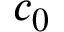
c _ { 0 }